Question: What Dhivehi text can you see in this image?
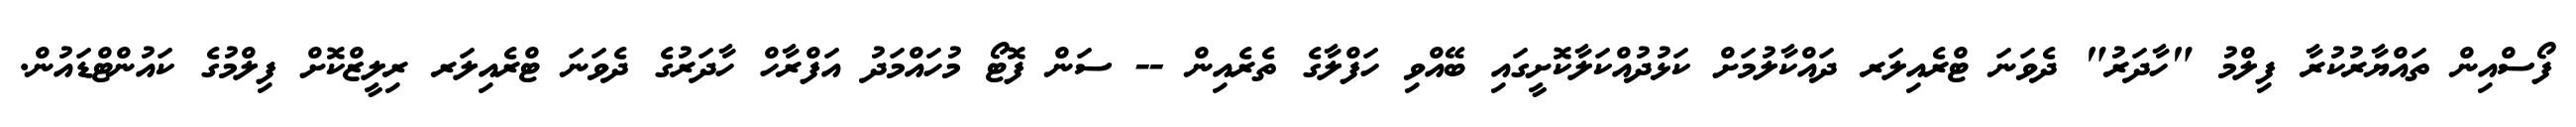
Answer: ފޯސްއިން ތައްޔާރުކުރާ ފިލްމު "ހާދަރު" ދެވަނަ ޓްރެއިލަރ ދައްކާލުމަށް ކަޅުދުއްކަލާކޮށީގައި ބޭއްވި ހަފްލާގެ ތެރެއިން -- ސަން ފޮޓޯ މުހައްމަދު އަފްރާހް ހާދަރުގެ ދެވަނަ ޓްރެއިލަރ ރިލީޒްކޮށް ފިލްމުގެ ކައުންޓްޑައުން.